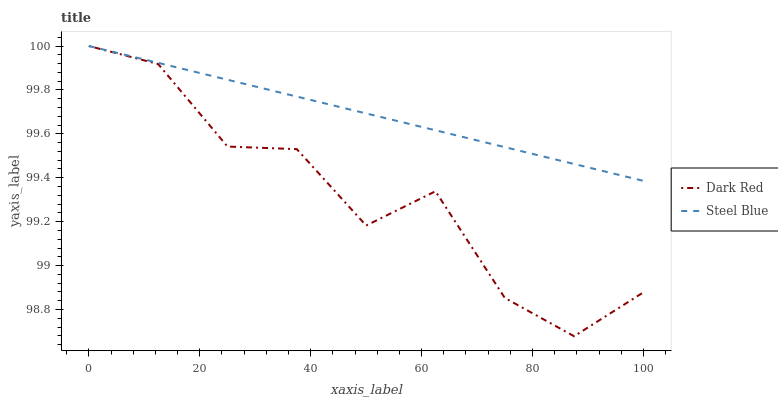
| xaxis_label | Dark Red | Steel Blue |
 | --- | --- | --- |
 | 0 | 100 | 100 |
 | 12.5 | 99.9 | 99.9 |
 | 25 | 99.5 | 99.8 |
 | 37.5 | 99.5 | 99.8 |
 | 50 | 99.2 | 99.7 |
 | 62.5 | 99.3 | 99.6 |
 | 75 | 98.9 | 99.5 |
 | 87.5 | 98.7 | 99.5 |
 | 100 | 98.9 | 99.4 |